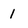
Character: 1